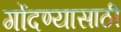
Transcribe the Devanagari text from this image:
गोंदण्यासाठी